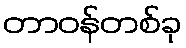
တာဝန်တစ်ခု